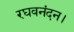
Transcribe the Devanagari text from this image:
रघवनंदन।